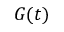
G ( t )